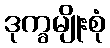
ဒုက္ခမျိုးစုံ